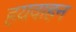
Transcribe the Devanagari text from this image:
हयवाहन